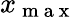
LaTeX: x_{\mathrm{~m~a~x~}}